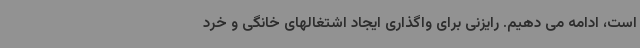
است، ادامه می دهیم. رایزنی برای واگذاری ایجاد اشتغالهای خانگی و خرد